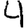
Digit: 4